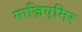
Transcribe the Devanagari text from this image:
गाज़िएमिर